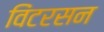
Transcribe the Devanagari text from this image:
विंटरसन